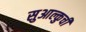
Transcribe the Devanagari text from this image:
सुआल्कुची